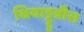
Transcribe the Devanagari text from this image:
थियाट्टून्नीस